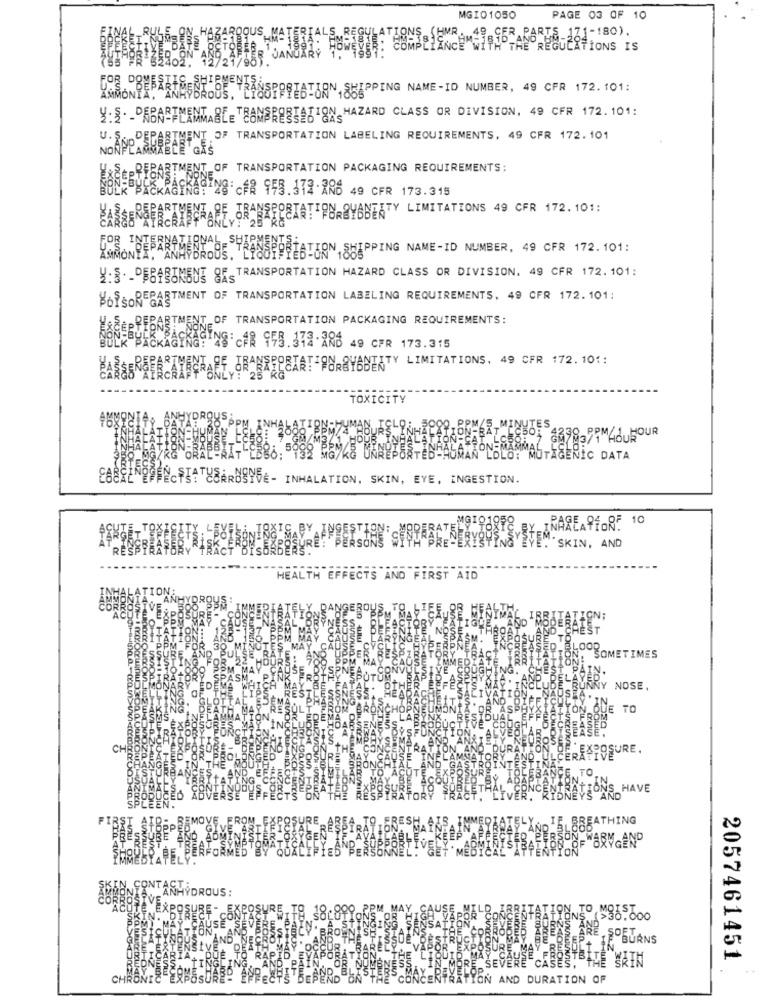
MGIO1050
PAGE 03 OF 10
HMR. 49 CER
171-180).
Y HAZARDOUS ,
ONS.
CATIONS IS
PREF .. EIPRESTON,PPING NAME-ID NUMBER, 49 CFR 172.101:
4:2. - "NON FLAMMABLE TRANSPORTATION-HAZARD CLASS OR DIVISION, 49 CFR 172.101:
ENT. OF TRANSPORTATION LABELING REQUIREMENTS, 49 CFR 172. 101
U.Spp SCA CE CAS
EBARTMENT OF TRANSPORTATION PACKAGING REQUIREMENTS:
BylaNAAckUN Ng c#8 955.372 -8RO 49 CFR 173.315
KARABREFACASAARE GRANEROSIATTURYSTY LIMITATIONS 49 CFR 172.101:
RAMONDEANAMBRODS.YLIQUEPRESTON,SHIPPING NAME-ID NUMBER, 49 CFR 172.101:
4: § . - DESABIMENE QFSTRANSPORTATION HAZARD CLASS OR DIVISION, 49 CFR 172.101:
YoFORECASTMENT OF TRANSPORTATION LABELING REQUIREMENTS, 49 CFR 172. 101:
PRESASTMENT OF TRANSPORTATION PACKAGING REQUIREMENTS:
HOEESBECKKAFKASINS c#8 955.372.22 49 CFR 173.315
CANABRAFACTSCARF GRANREPEAT-PURBYTY LIMITATIONS. 49 CFR 172.101:
TOXICITY
UTAGENIC DATA
STAT
LATION, SKIN, EYE, INGESTION.
RAREAOfORF 10
STEVEVEM SKIN, AND
HEALTH EFFECTS AND FIRST AID
COR
AC
ND
IGN;
N
1-05
CAI
SOMETIMES
4-00
O
NOSE,
NCR
UE TO
LAR
AN
CHE
CT
TH
EXPOSURE.
IN30.06
A
UTE
HAVE
ED AD
CZO LOW
TOR
SPLEEN.
IST AID:
REMOVE FROM
SURE
RES
THING
PPED
IE, ARTI
MA
BESSURE AND
ADMINISI
SYGEN
K
EE
RMGAND
AT
ST.
TR
FORMED BY
QUALIFIED
"PER
ONNE
w.o.in
T MED
MZY-JW
400
OHILHO
uZ.
IMMEDYAPE
SKIN CONTACT;
MONIA.
DROUS
CORROSIVE
ACUTE EXPOSURE- EXPOSURE TO 10.000 PPM MAY CAUSE MELD FORETATT
DIRECT
SKIN.
N TO M88.000
SOE
BURNS
BTHE SRIN
2057461451
S. T
CHE
YON AND DURATION OF